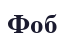
Фоб